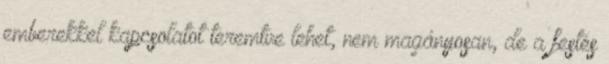
emberekkel kapcsolatot teremtve lehet, nem magányosan, de a festés